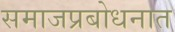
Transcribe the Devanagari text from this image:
समाजप्रबोधनात